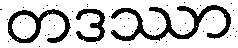
တဒဿာ